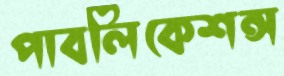
পাবলিকেশন্স